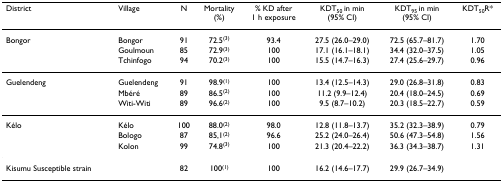
| District | Village | N | Mortality(%) | % KD after1 h exposure | KDT50 in min(95% CI) | KDT95 in min(95% CI) | KDT50R* |
 | --- | --- | --- | --- | --- | --- | --- | --- |
 | Bongor | Bongor | 91 | 72.5(3) | 93.4 | 27.5 (26.0–29.0) | 72.5 (65.7–81.7) | 1.70 |
 |  | Goulmoun | 85 | 72.9(3) | 100 | 17.1 (16.1–18.1) | 34.4 (32.0–37.5) | 1.05 |
 |  | Tchinfogo | 94 | 70.2(3) | 100 | 15.5 (14.7–16.3) | 27.4 (25.6–29.7) | 0.96 |
 | Guelendeng | Guelendeng | 91 | 98.9(1) | 100 | 13.4 (12.5–14.3) | 29.0 (26.8–31.8) | 0.83 |
 |  | Mbéré | 89 | 86.5(2) | 100 | 11.2 (9.9–12.4) | 20.4 (18.0–24.5) | 0.69 |
 |  | Witi-Witi | 89 | 96.6(2) | 100 | 9.5 (8.7–10.2) | 20.3 (18.5–22.7) | 0.59 |
 | Kélo | Kélo | 100 | 88.0(2) | 98.0 | 12.8 (11.8–13.7) | 35.2 (32.3–38.9) | 0.79 |
 |  | Bologo | 87 | 85,1(2) | 96.6 | 25.2 (24.0–26.4) | 50.6 (47.3–54.8) | 1.56 |
 |  | Kolon | 99 | 74.8(3) | 100 | 21.3 (20.4–22.2) | 36.3 (34.3–38.7) | 1.31 |
 | Kisumu Susceptible strain |  | 82 | 100(1) | 100 | 16.2 (14.6–17.7) | 29.9 (26.7–34.9) |  |